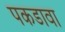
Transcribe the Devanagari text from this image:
पकडावा